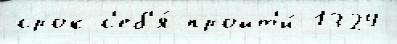
срок с'еб'я́ пройт'и́ 1324